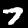
Label: 7